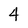
Character: 4